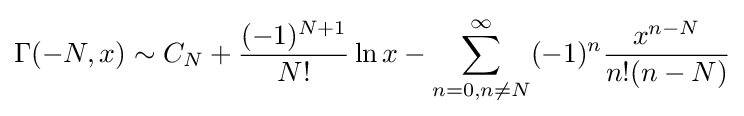
\Gamma (-N,x)\sim C_{N}+{\frac {(-1)^{N+1}}{N!}}\ln x-\sum _{n=0,n\neq N}^{\infty }(-1)^{n}{\frac {x^{n-N}}{n!(n-N)}}